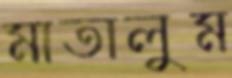
মাতালুম